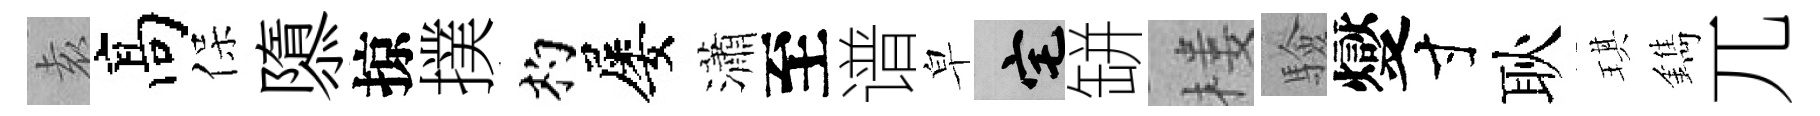
𡊮髙保隳掠撲杓屡瀟至谱皁宅缾楼驗燮寸耿琪鐫兀